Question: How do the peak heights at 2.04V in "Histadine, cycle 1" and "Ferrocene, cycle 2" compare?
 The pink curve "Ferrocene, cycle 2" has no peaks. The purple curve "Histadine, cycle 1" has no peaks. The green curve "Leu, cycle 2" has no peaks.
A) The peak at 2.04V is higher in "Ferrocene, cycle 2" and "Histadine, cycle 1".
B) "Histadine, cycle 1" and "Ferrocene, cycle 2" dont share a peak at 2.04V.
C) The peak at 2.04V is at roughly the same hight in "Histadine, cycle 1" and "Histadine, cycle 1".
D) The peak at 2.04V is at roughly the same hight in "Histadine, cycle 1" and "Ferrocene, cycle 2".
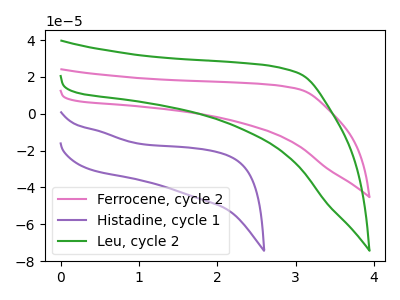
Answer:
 <answer>B) "Histadine, cycle 1" and "Ferrocene, cycle 2" dont share a peak at 2.04V.</answer>
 <eval>B</eval>